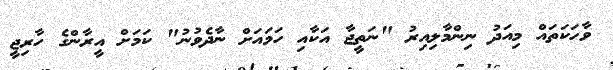
ވާހަކަތައް މިއަދު ނިންމާލިއިރު "ނަތީޖާ އަކާއި ހަމައަށް ނާދެވުނު" ކަމަށް އީރާންގެ ހާރިޖީ